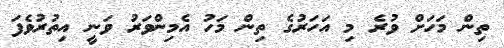
ތިން މަހަށް ވުރެ މި އަހަރުގެ ތިން މަހު އެމިންވަރު ވަނީ އިތުރުވެފަ